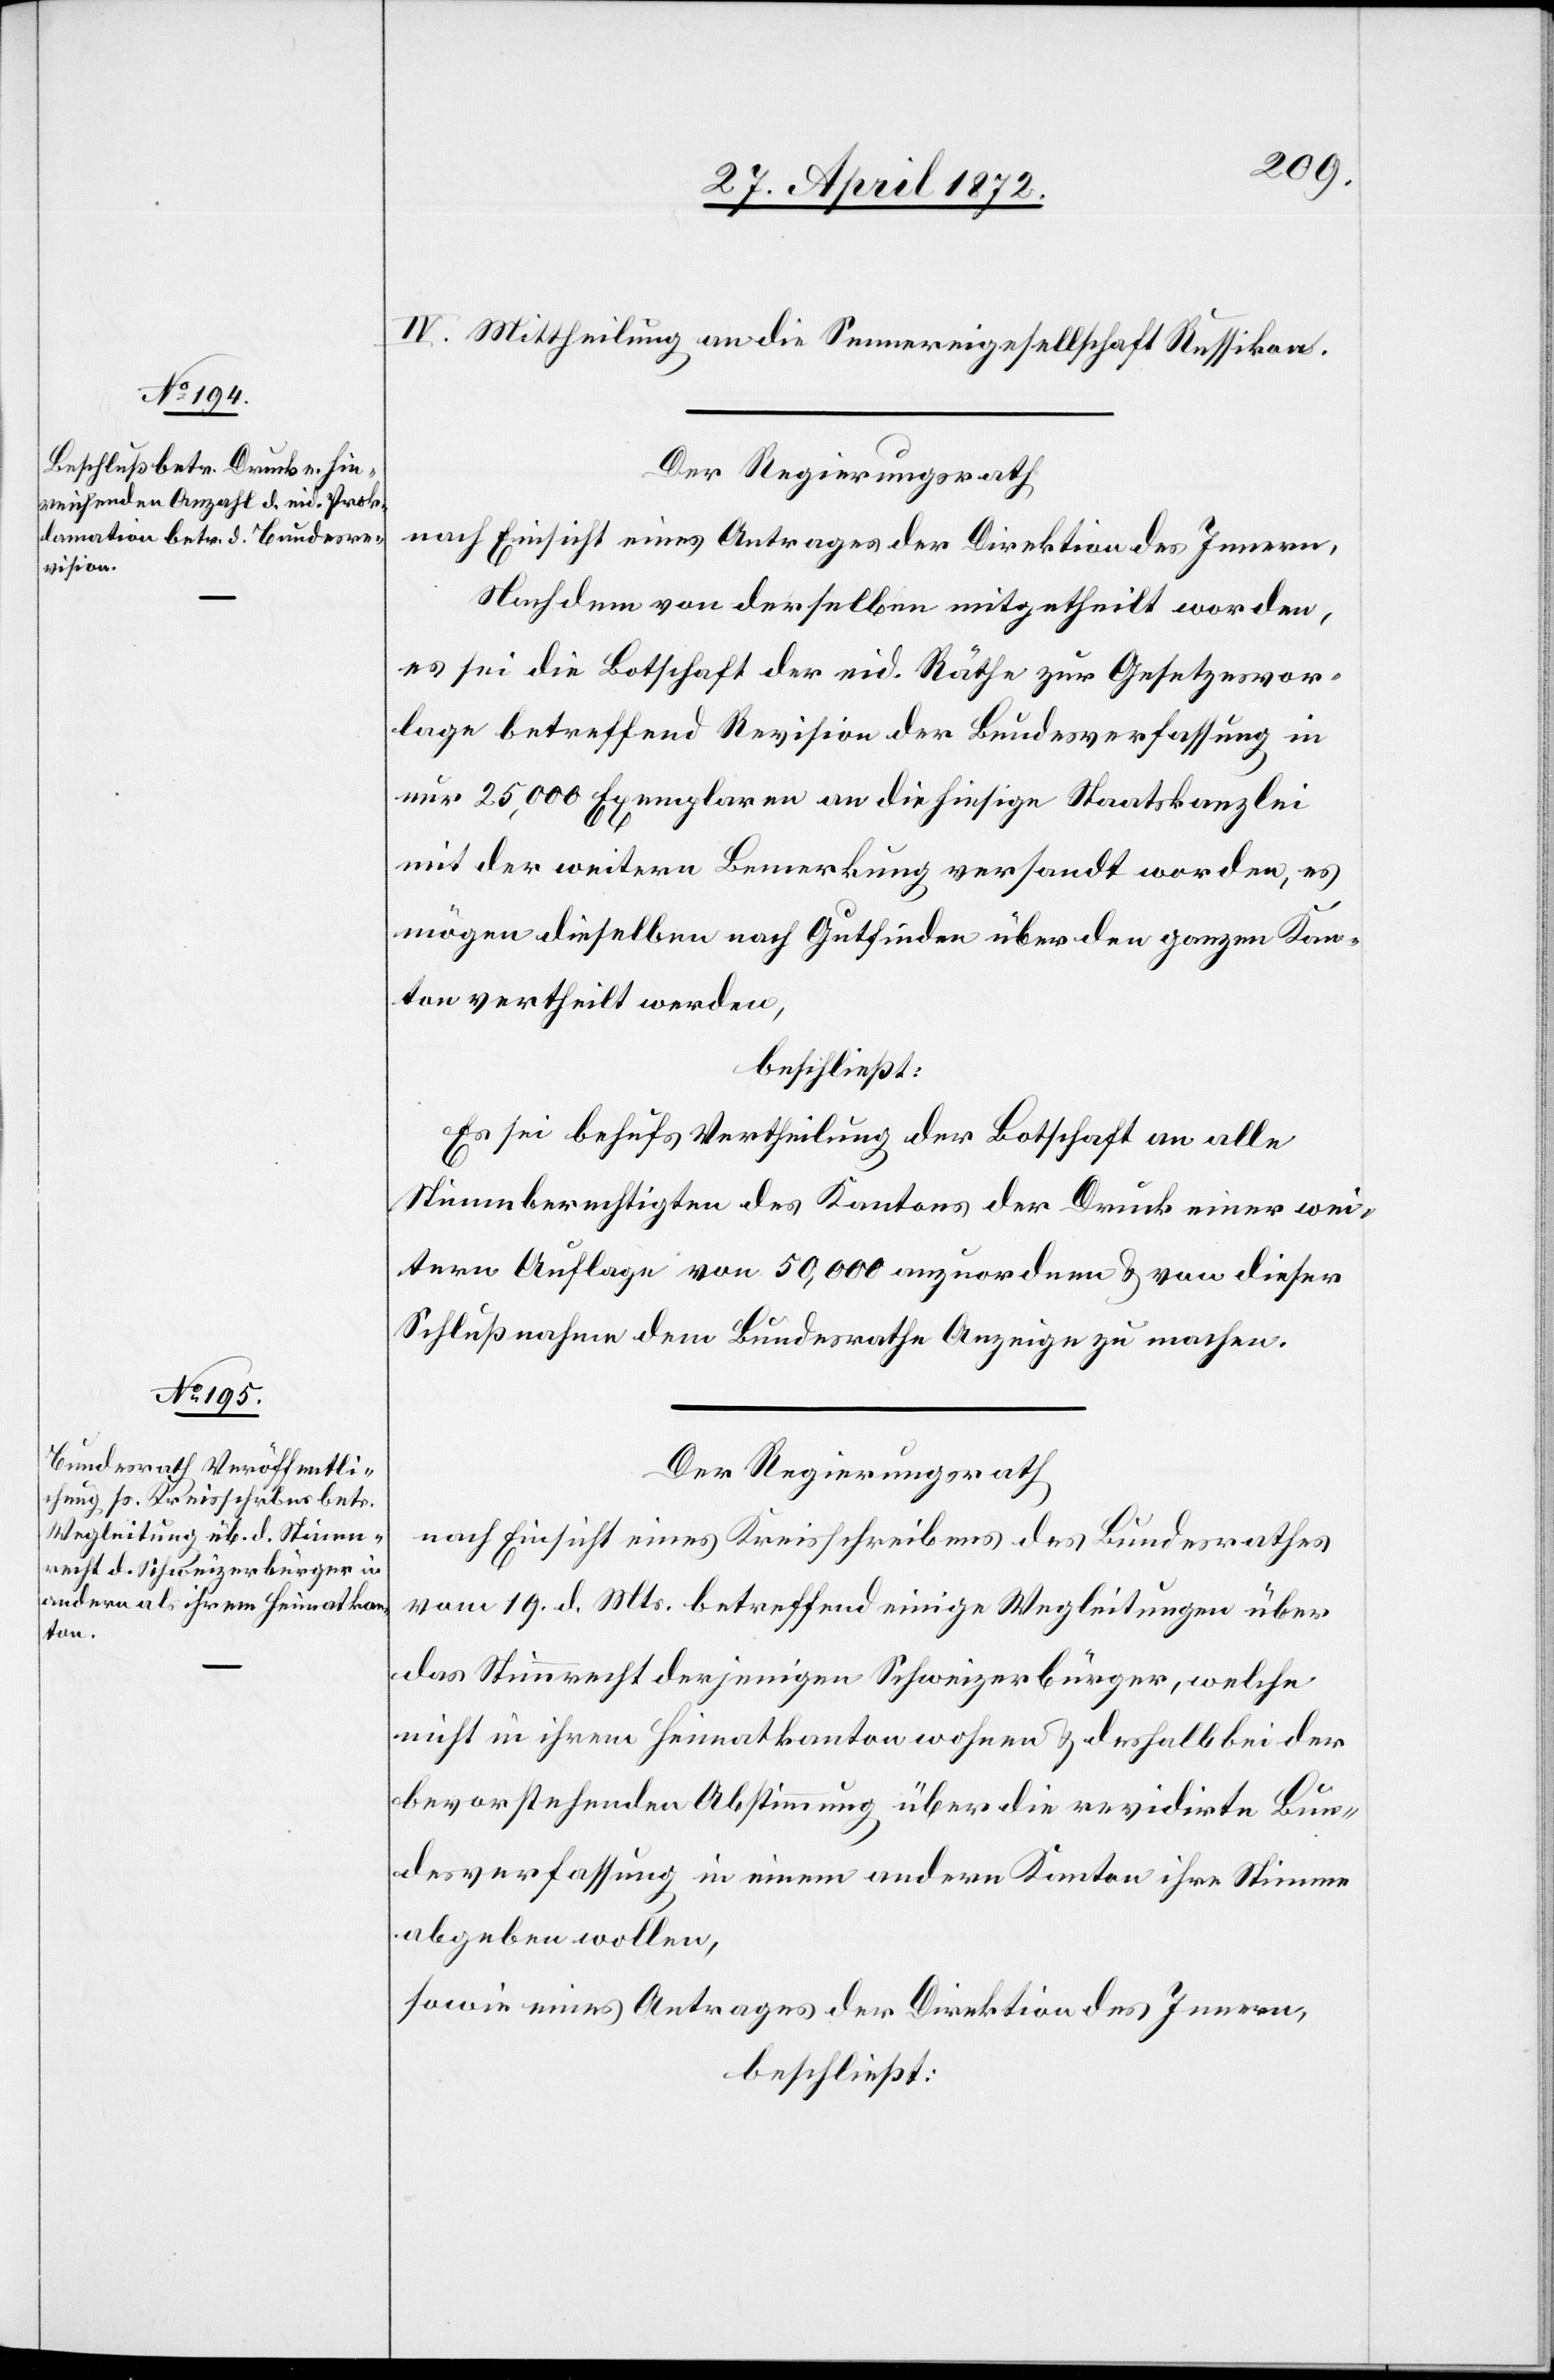
IV. Mittheilung an die Sennereigesellschaft Russikon.
Der Regierungsrath
nach Einsicht eines Antrages der Direktion des Innern,
Nachdem von derselben mitgetheilt worden,
es sei die Botschaft der eid. Räthe zur Gesetzesvor¬
lage betreffend Revision der Bundesverfassung in
nur 25,000 Exemplaren an die hiesige Staatskanzlei
mit der weitern Bemerkung versandt worden, es
mögen dieselben nach Gutfinden über den ganzen Kan¬
ton vertheilt werden,
beschließt:
Es sei behufs Vertheilung der Botschaft an alle
Stimmberechtigten des Kantons der Druck einer wei¬
tern Auflage von 50,000 anzuordnen u. von dieser
Schlußnahme dem Bundesrathe Anzeige zu machen.
Der Regierungsrath[,]
nach Einsicht eines Kreisschreibens des Bundesrathes
vom 19. d. Mts. betreffend einige Wegleitungen über
das Stimmrecht derjenigen Schweizerbürger, welche
nicht in ihrem Heimatkanton wohnen u. deshalb bei der
bevorstehenden Abstimmung über die revidirte Bun¬
desverfassung in einem andern Kanton ihre Stimme
abgeben wollen,
sowie eines Antrages der Direktion des Innern,
beschließt: